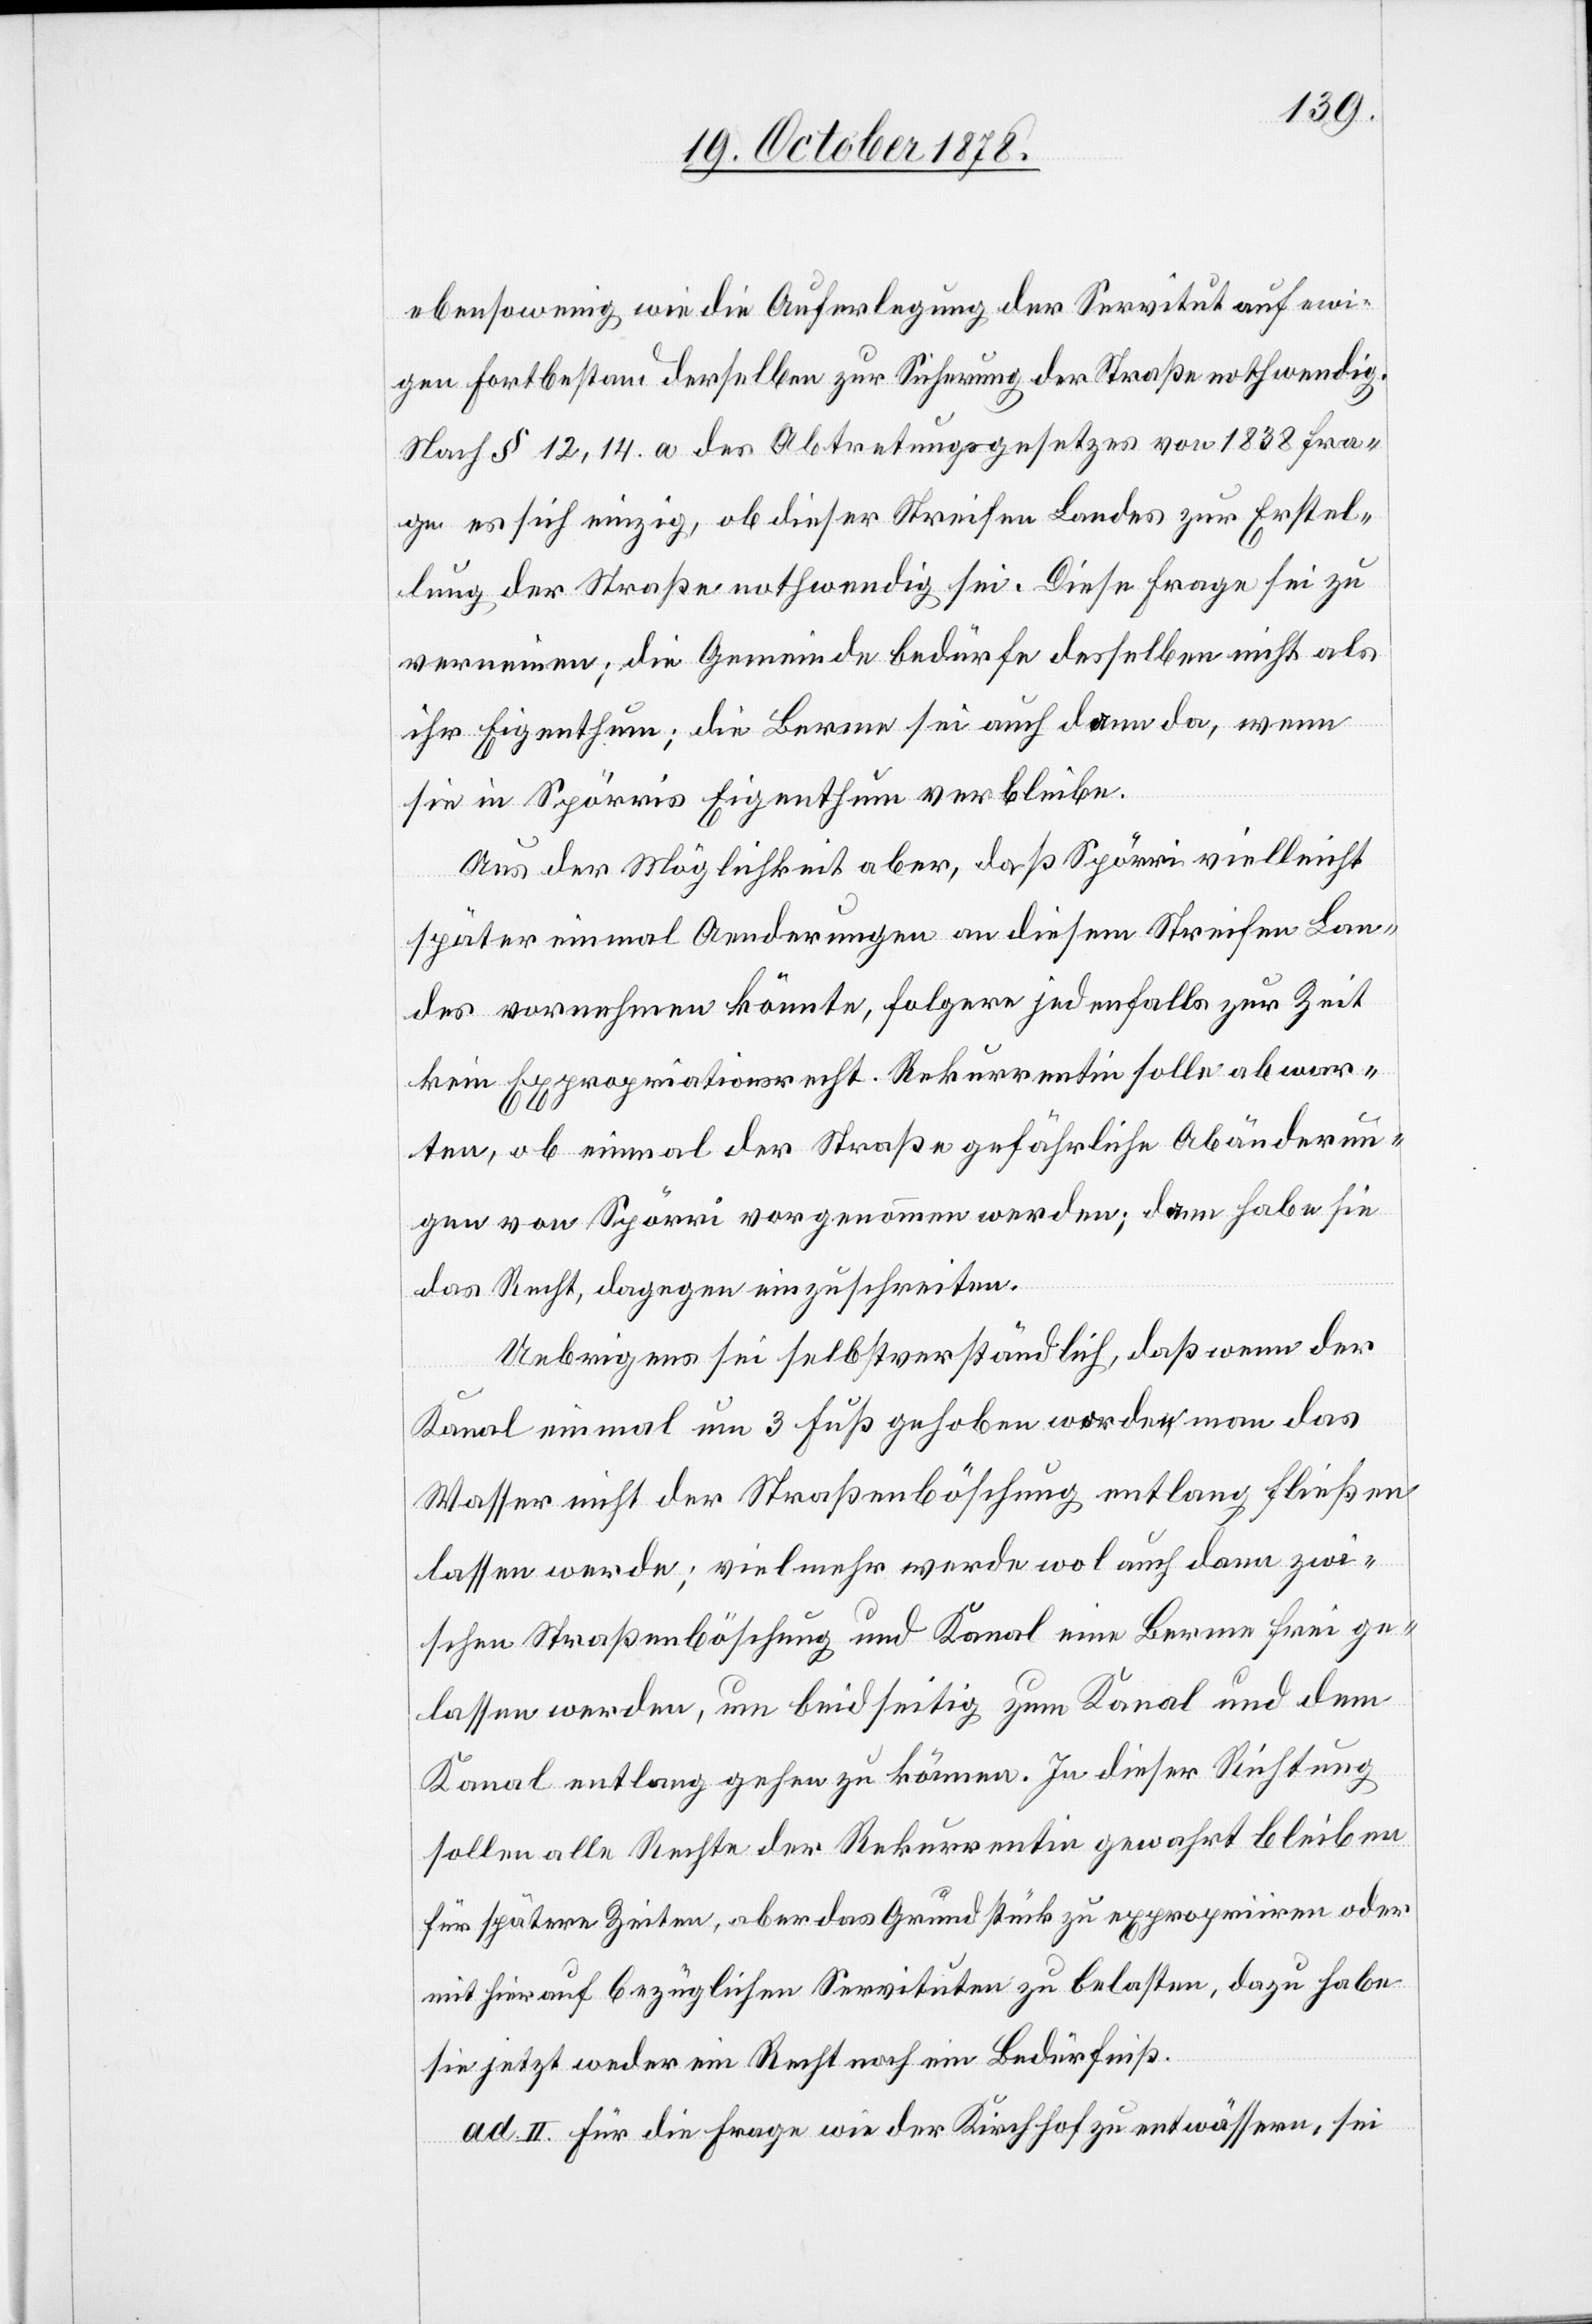
ebenso wenig wie die Auferlegung der Servitut auf ewi¬
gen Fortbestand derselben zur Sicherung der Straße nothwendig.
Nach § 12, 14. a des Abtretungsgesetzes von 1838 fra¬
ge es sich einzig, ob dieser Streifen Landes zur Erstel¬
lung der Straße nothwendig sei. Diese Frage sei zu
verneinen, die Gemeinde bedürfe desselben nicht als
ihr Eigenthum; die Berme sei auch dann da, wenn
sie in Spörris Eigenthum verbleibe.
Aus der Möglichkeit aber, daß Spörri vielleicht
später einmal Aenderungen an diesem Streifen Lan¬
des vornehmen könnte, folgere jedenfalls zur Zeit
kein Expropriationsrecht. Rekurrentin solle abwar¬
ten, ob einmal der Straße gefährliche Abänderun¬
gen von Spörri vorgenommen werden; dann habe sie
das Recht, dagegen einzuschreiten.
Uebrigens sei selbstverständlich, daß wenn der
Kanal einmal um 3 Fuß gehoben worden, man das
Wasser nicht der Straßenböschung entlang fließen
lassen werde; vielmehr werde wol auch dann zwi¬
schen Straßenböschung und Kanal eine Berme frei ge¬
lassen werden, um beidseitig zum Kanal und dem
Kanal entlang gehen zu können. In dieser Richtung
sollen alle Rechte der Rekurrentin gewahrt bleiben
für spätere Zeiten, aber das Grundstück zu expropriiren oder
mit hierauf bezüglichen Servituten zu belasten, dazu habe
sie jetzt weder ein Recht noch ein Bedürfniß.
ad. II. für die Frage wie der Kirchhof zu entwässern sei